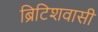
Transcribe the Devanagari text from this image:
ब्रिटिशवासी